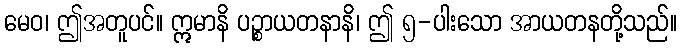
မေဝ၊ ဤအတူပင်။ ဣမာနိ ပဉ္စာယတနာနိ၊ ဤ ၅-ပါးသော အာယတနတို့သည်။